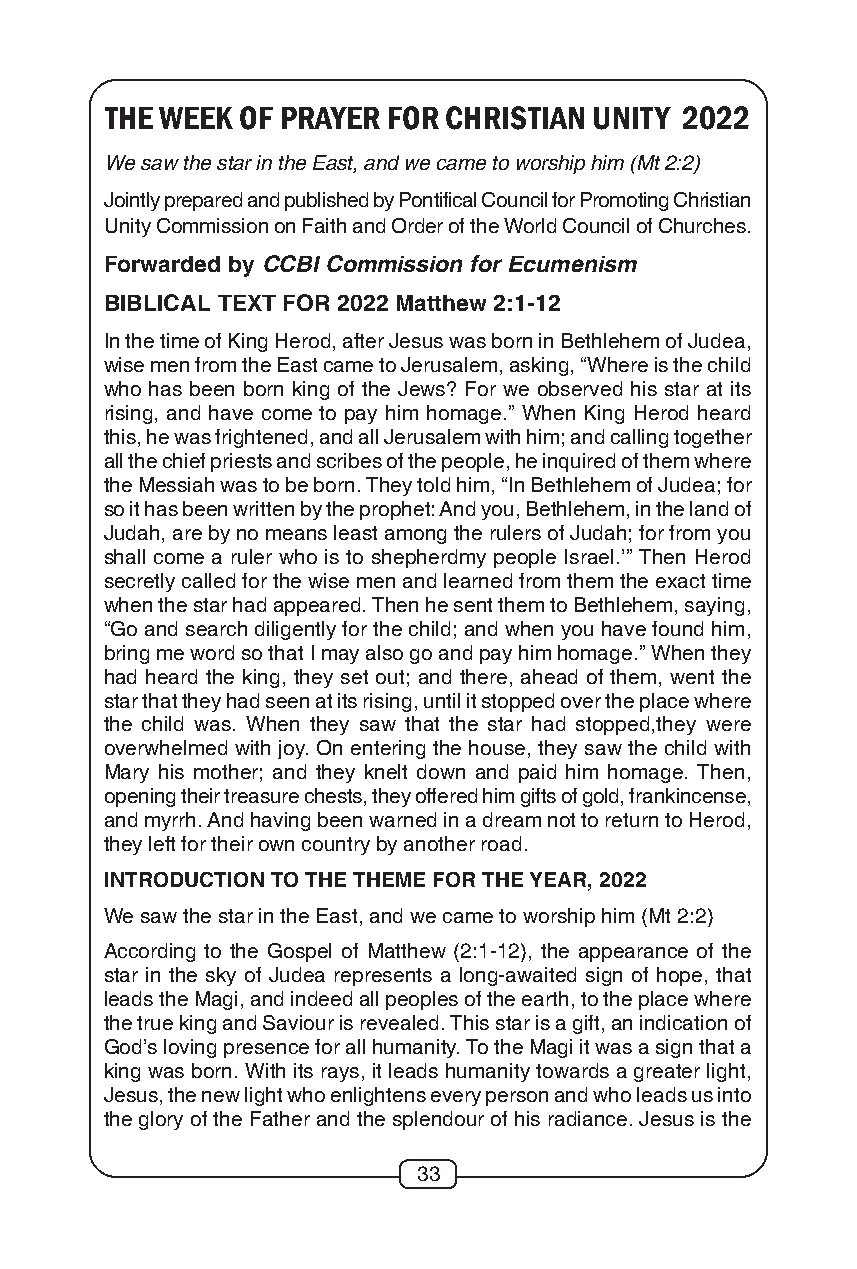
THE WEEK OF PRAYER FOR CHRISTIAN UNITY 2022
 We saw the star in the East, and we came to worship him (Mt 2:2)
 Jointly prepared and published by Pontifical Council for Promoting Christian
 Unity Commission on Faith and Order of the World Council of Churches.
 Forwarded by CCBI Commission for Ecumenism
 BIBLICAL TEXT FOR 2022 Matthew 2:1-12
 In the time of King Herod, after Jesus was born in Bethlehem of Judea,
 wise men from the East came to Jerusalem, asking, “Where is the child
 who has been born king of the Jews? For we observed his star at its
 rising, and have come to pay him homage.” When King Herod heard
 this, he was frightened, and all Jerusalem with him; and calling together
 all the chief priests and scribes of the people, he inquired of them where
 the Messiah was to be born. They told him, “In Bethlehem of Judea; for
 so it has been written by the prophet: And you, Bethlehem, in the land of
 Judah, are by no means least among the rulers of Judah; for from you
 shall come a ruler who is to shepherdmy people Israel.’” Then Herod
 secretly called for the wise men and learned from them the exact time
 when the star had appeared. Then he sent them to Bethlehem, saying,
 “Go and search diligently for the child; and when you have found him,
 bring me word so that I may also go and pay him homage.” When they
 had heard the king, they set out; and there, ahead of them, went the
 star that they had seen at its rising, until it stopped over the place where
 the child was. When they saw that the star had stopped,they were
 overwhelmed with joy. On entering the house, they saw the child with
 Mary his mother; and they knelt down and paid him homage. Then,
 opening their treasure chests, they offered him gifts of gold, frankincense,
 and myrrh. And having been warned in a dream not to return to Herod,
 they left for their own country by another road.
 INTRODUCTION TO THE THEME FOR THE YEAR, 2022
 We saw the star in the East, and we came to worship him (Mt 2:2)
 According to the Gospel of Matthew (2:1-12), the appearance of the
 star in the sky of Judea represents a long-awaited sign of hope, that
 leads the Magi, and indeed all peoples of the earth, to the place where
 the true king and Saviour is revealed. This star is a gift, an indication of
 God’s loving presence for all humanity. To the Magi it was a sign that a
 king was born. With its rays, it leads humanity towards a greater light,
 Jesus, the new light who enlightens every person and who leads us into
 the glory of the Father and the splendour of his radiance. Jesus is the
 33